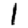
Digit: 1